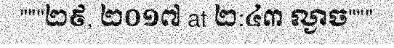
"""២៩, ២០១៧ at ២:៤៣ ល្ងាច"""